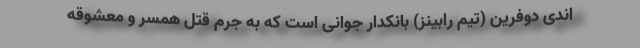
اندی دوفرین (تیم رابینز) بانکدار جوانی است که به جرم قتل همسر و معشوقه